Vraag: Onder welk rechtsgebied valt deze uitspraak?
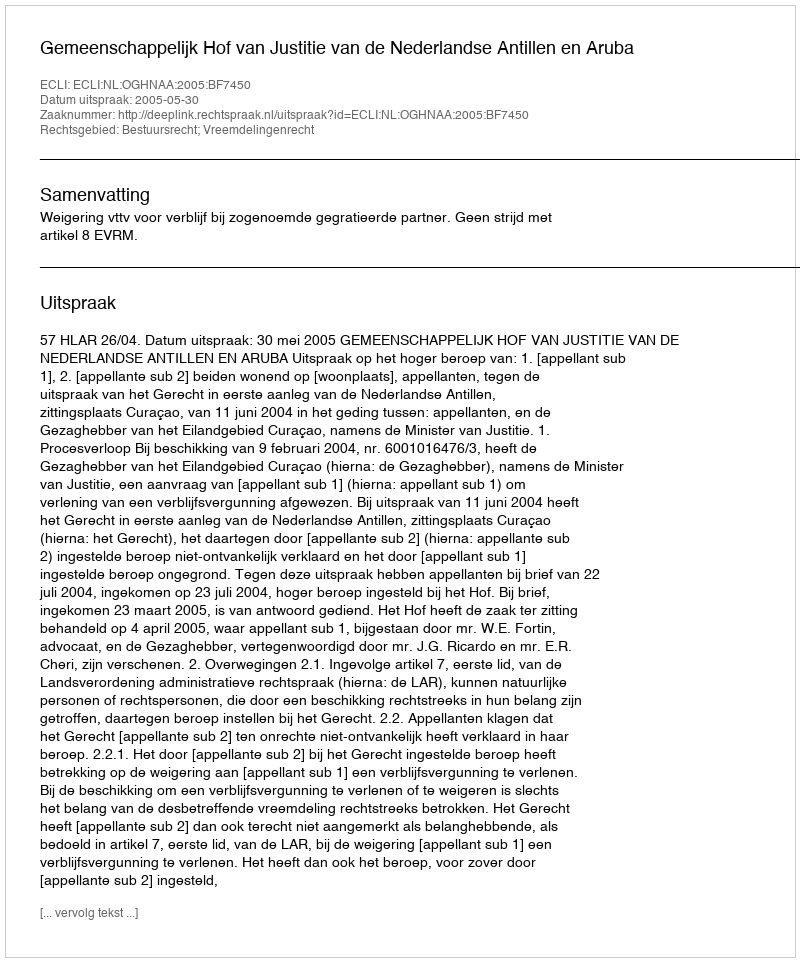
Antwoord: Bestuursrecht; Vreemdelingenrecht